65_HS1-834228961_62-HQ-83894_Section_2
Agency: FBI
Page 50
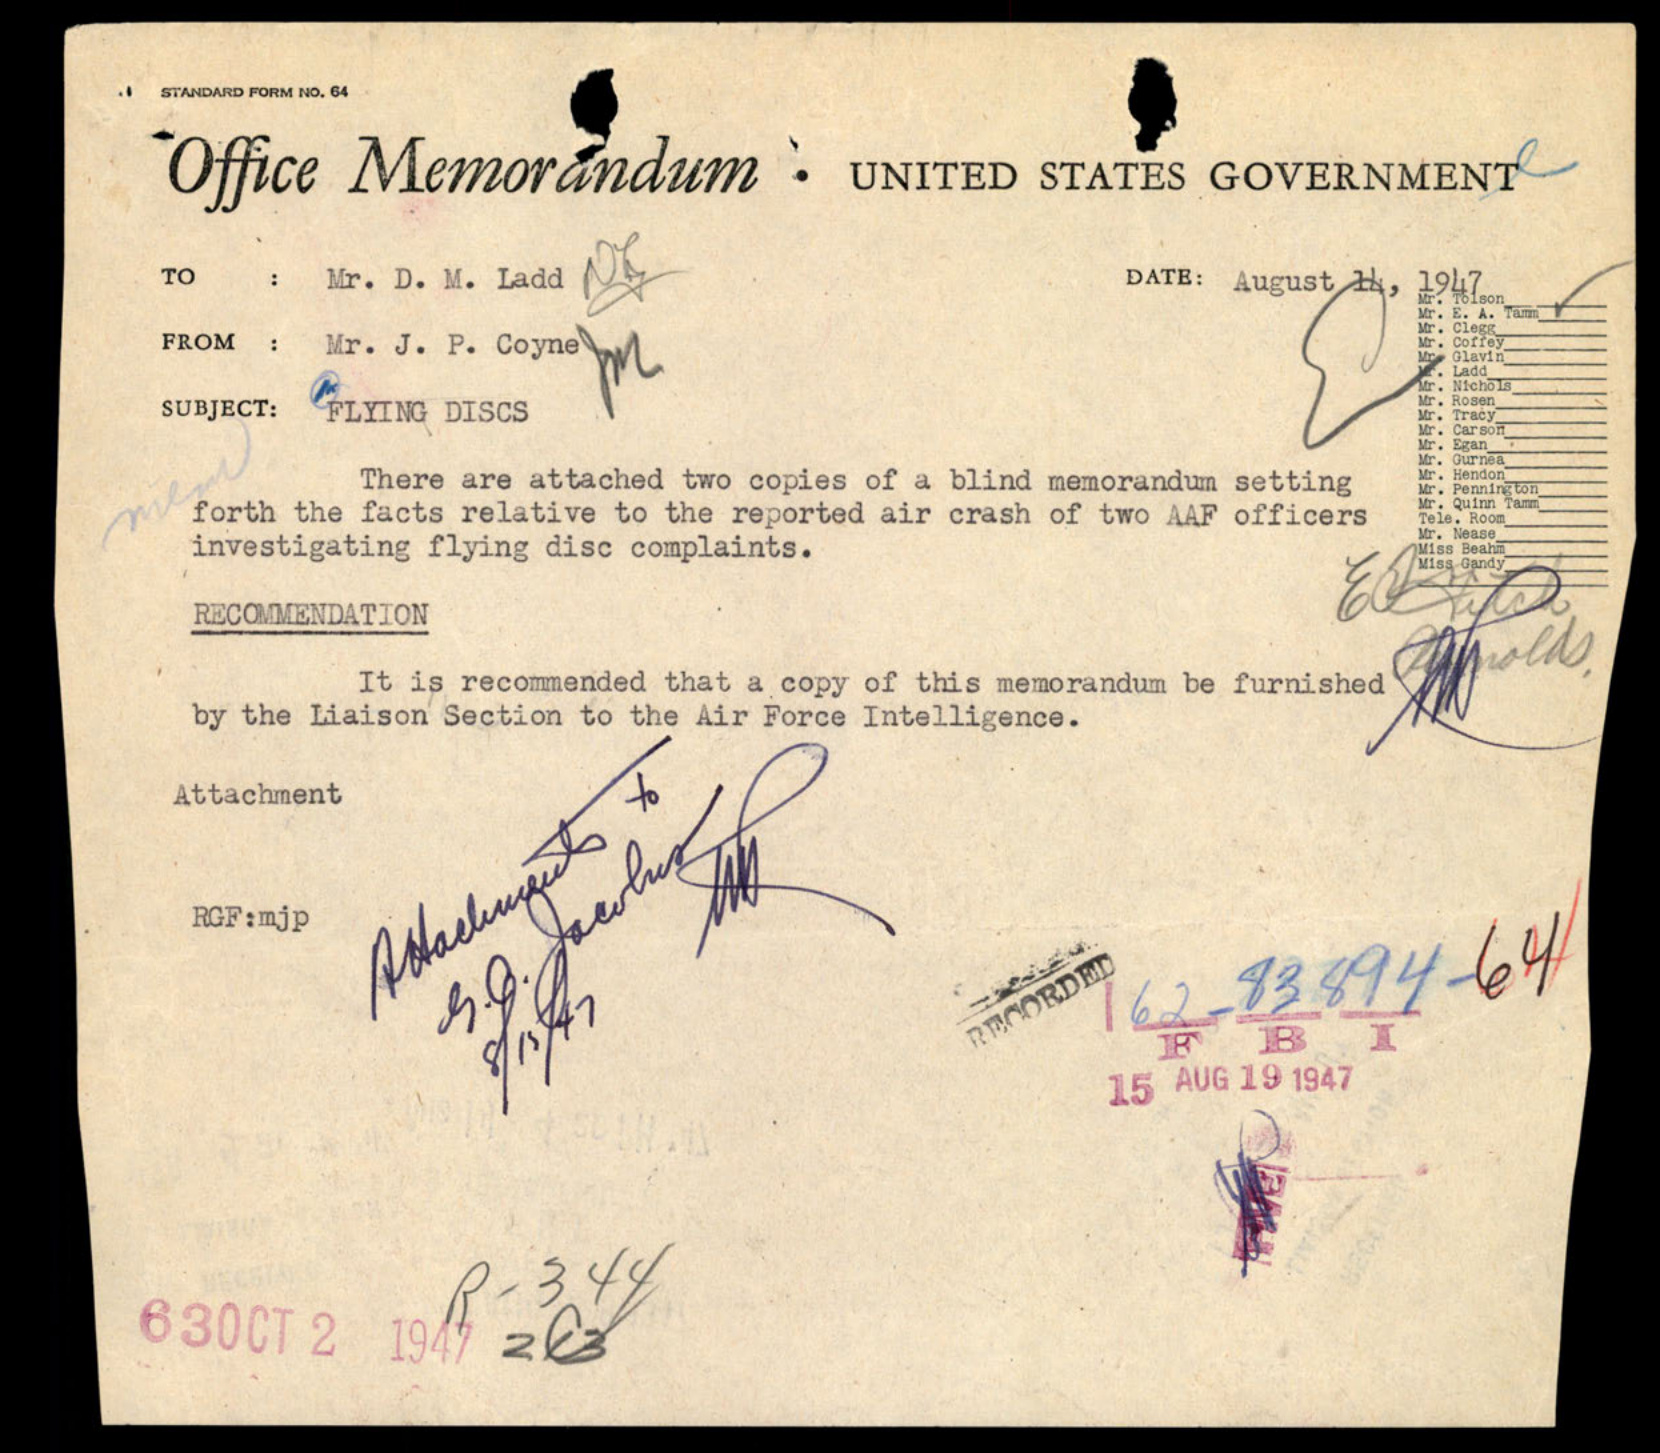